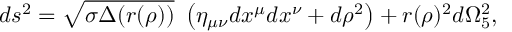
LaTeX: d s ^ { 2 } = \sqrt { \sigma \Delta ( r ( \rho ) ) } ~ \left( \eta _ { \mu \nu } d x ^ { \mu } d x ^ { \nu } + d \rho ^ { 2 } \right) + r ( \rho ) ^ { 2 } d \Omega _ { 5 } ^ { 2 } ,